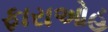
ફારાઓહ